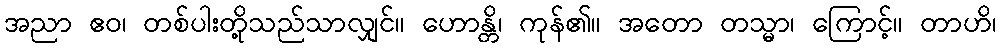
အညာ ဧဝ၊ တစ်ပါးတို့သည်သာလျှင်။ ဟောန္တိ၊ ကုန်၏။ အတော တသ္မာ၊ ကြောင့်။ တာဟိ၊